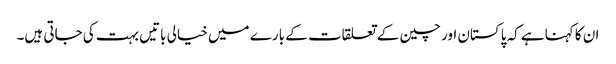
ان کا کہناہے کہ پاکستان اور چین کے تعلقات کے بارے میں خیالی باتیں بہت کی جاتی ہیں۔